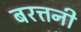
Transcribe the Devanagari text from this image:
बरत्तनी